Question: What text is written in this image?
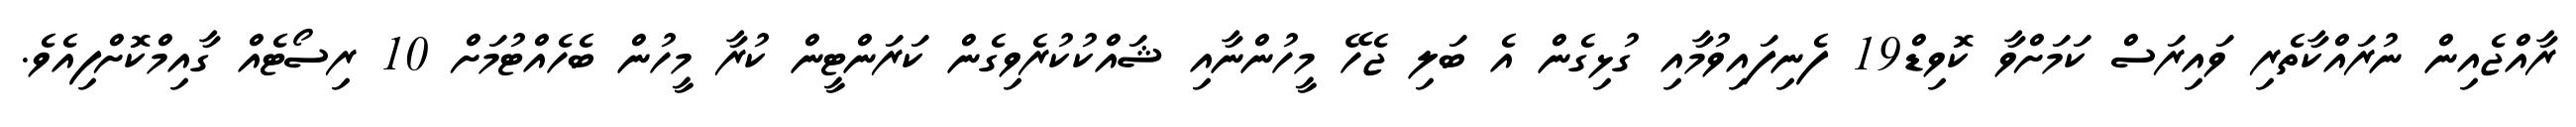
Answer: ރާއްޖެއިން ނުރައްކާތެރި ވައިރަސް ކަމަށްވާ ކޮވިޑް19 ފެނިފައިވުމާއި ގުޅިގެން އެ ބަލި ޖެހޭ މީހުންނާއި ޝައްކުކުރެވިގެން ކަރަންޓީން ކުރާ މީހުން ބެހެއްޓުމަށް 10 ރިސޯޓެއް ގާއިމްކޮށްފިއެވެ.